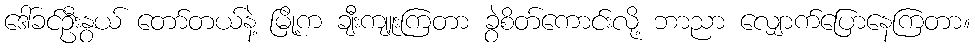
ဒေါ်ခင်ဦးနွယ် တော်တယ်နဲ့ မြို့က ချီးကျူးကြတာ ခွဲစိတ်ကောင်းလို့ ဘာညာ လျှောက်ပြောနေကြတာ။